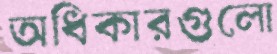
অধিকারগুলো